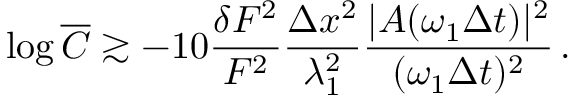
\log \overline { { C } } \gtrsim - 1 0 \frac { \delta F ^ { 2 } } { F ^ { 2 } } \frac { \Delta x ^ { 2 } } { \lambda _ { 1 } ^ { 2 } } \frac { \vert A ( \omega _ { 1 } \Delta t ) \vert ^ { 2 } } { ( \omega _ { 1 } \Delta t ) ^ { 2 } } \, .